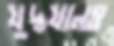
যুদ্ধযানও